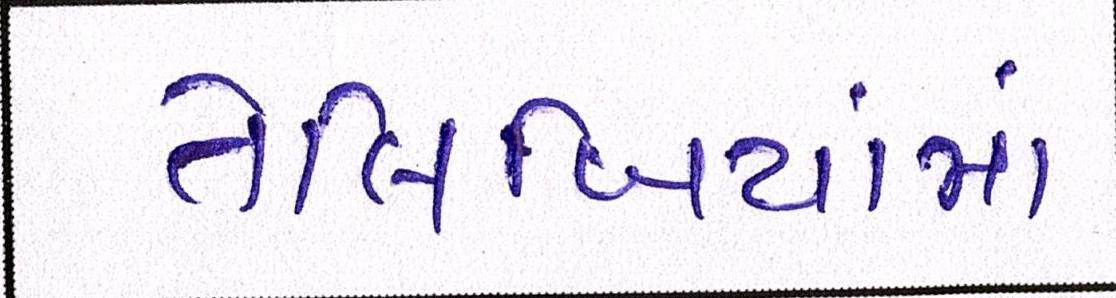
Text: તેલિબિયાંમાં